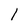
Character: 1